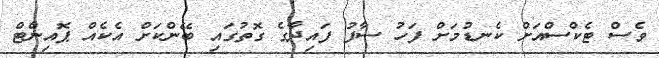
ވެސް ޓެކްސްއަށް ކެނޑުމަށް ފަހު ސާފު ފައިދާގެ ގޮތުގައި ބޭންކަށް އެކެއް ޕޮއިންޓް